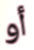
أو